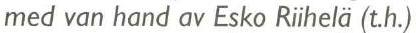
med van hand av Esko Riihelä (t.h.)